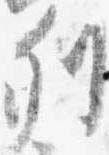
列